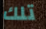
تلك